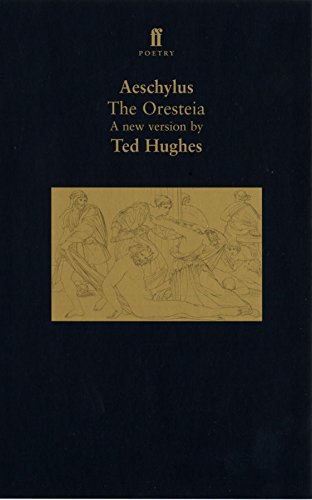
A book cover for The Oresteia (Faber Poetry); Various Hughes; Literature & Fiction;